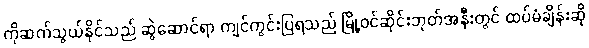
ကိုဆက်သွယ်နိုင်သည် ဆွဲဆောင်ရာ ကျင်ကွင်းပြရသည် မြို့ဝင်ဆိုင်းဘုတ်အနီးတွင် ထပ်မံချိန်းဆို